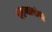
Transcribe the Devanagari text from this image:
दहनप्रसंगी